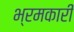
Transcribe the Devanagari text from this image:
भ्रमकारी